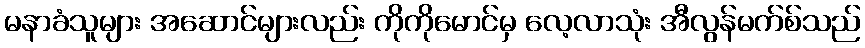
မနာခံသူများ အဆောင်များလည်း ကိုကိုမောင်မှ လေ့လာသုံး အီလွန်မက်စ်သည်